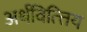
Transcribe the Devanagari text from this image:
अर्थवित्त्तिय